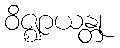
ဝိဇ္ဈာယန္တု